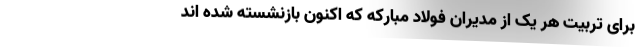
برای تربیت هر یک از مدیران فولاد مبارکه که اکنون بازنشسته شده اند